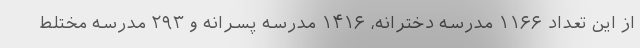
از این تعداد ۱۱۶۶ مدرسه دخترانه، ۱۴۱۶ مدرسه پسرانه و ۲۹۳ مدرسه مختلط